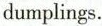
dumplings.